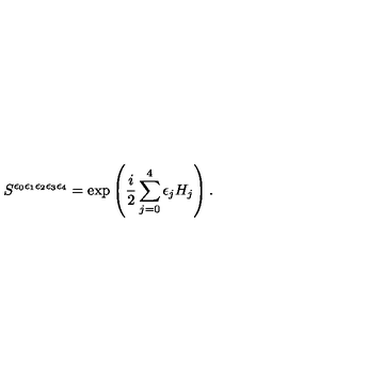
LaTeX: S ^ { \epsilon _ { 0 } \epsilon _ { 1 } \epsilon _ { 2 } \epsilon _ { 3 } \epsilon _ { 4 } } = \exp \left( \frac { i } { 2 } \sum _ { j = 0 } ^ { 4 } \epsilon _ { j } H _ { j } \right) .